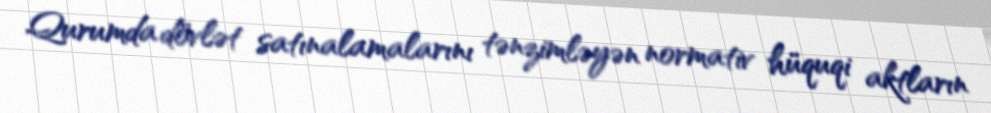
Qurumda dövlət satınalamalarını tənzimləyən normativ hüquqi aktların